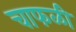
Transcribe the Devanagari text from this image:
चाफळी